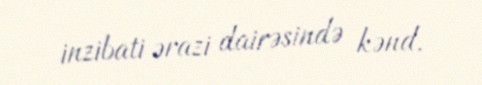
inzibati ərazi dairəsində kənd.